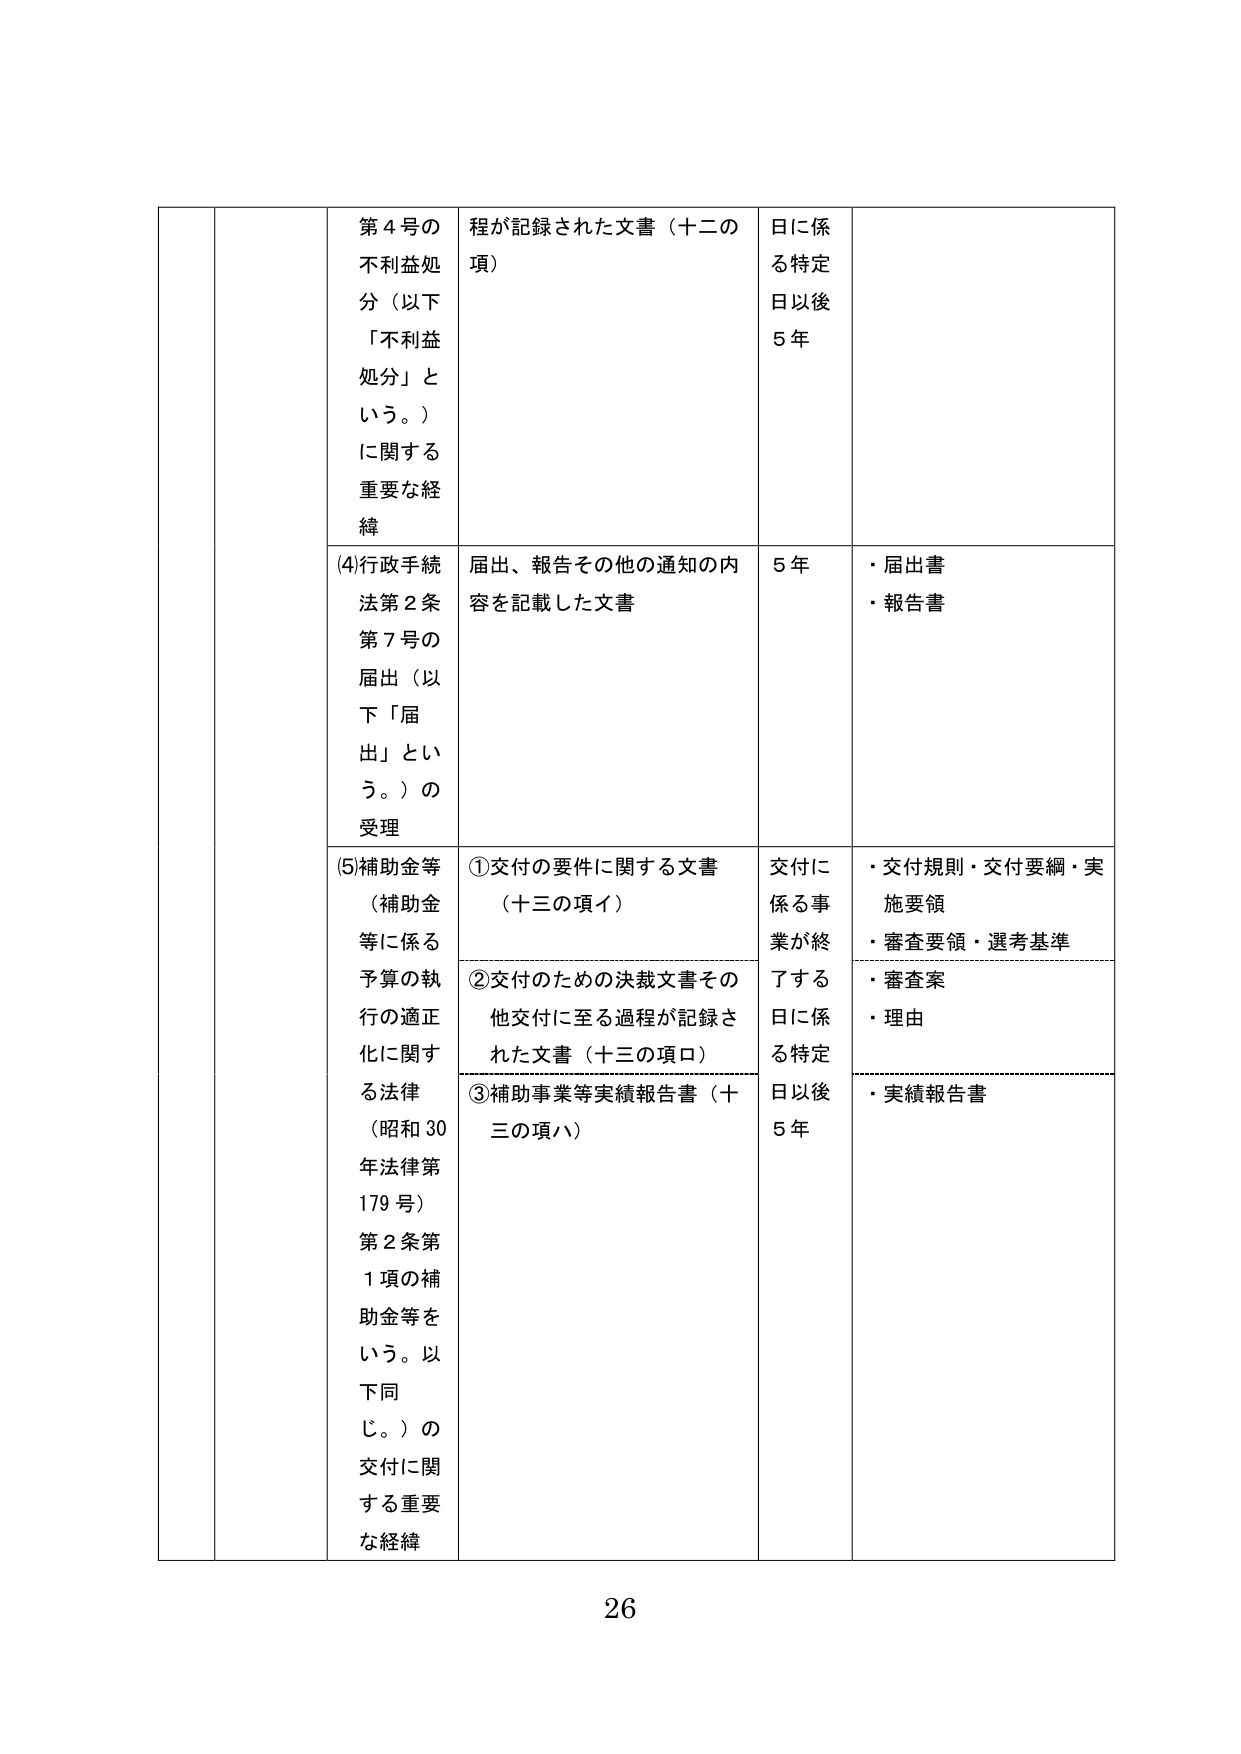
第４号の
不利益処分（以下
「不利益処分」という。）
に関する
重要な経緯

程が記録された文書（十二の項）

日に係る特定日以後
５年

(4)行政手続法第２条第７号の届出（以下「届出」という。）の受理

届出、報告その他の通知の内容を記載した文書

５年

・届出書
・報告書

(5)補助金等（補助金等に係る予算の執行の適正化に関する法律（昭和30年法律第179号）第２条第１項の補助金等をいう。以下同じ。）の交付に関する重要な経緯

①交付の要件に関する文書（十三の項イ）

交付に係る事業が終了する日に係る特定日以後
５年

・交付規則・交付要綱・実施要領
・審査要領・選考基準

②交付のための決裁文書その他交付に至る過程が記録された文書（十三の項ロ）

・審査案
・理由

③補助事業等実績報告書（十三の項ハ）

・実績報告書

26